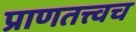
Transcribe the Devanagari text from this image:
प्राणतत्त्वच